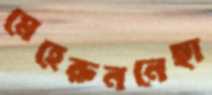
মেহেরুননেছা